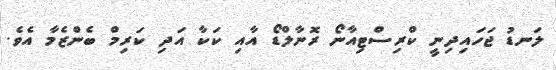
ލަނޑު ޖަހައިދިނީ ކްރިސްޓިއާނޯ ރޮނާލްޑޯ އާއި ކަކާ އަދި ކަރިމް ބެންޒެމާ އެވެ.